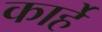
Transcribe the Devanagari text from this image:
कार्हे